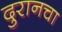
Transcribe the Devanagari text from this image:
दुरानचा